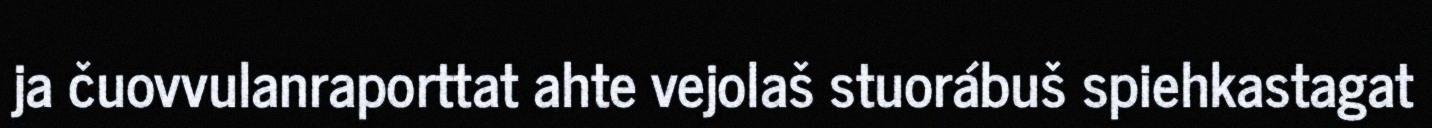
ja čuovvulanraporttat ahte vejolaš stuorábuš spiehkastagat